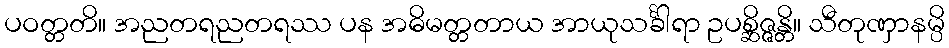
ပဝတ္တတိ။ အညတရညတရဿ ပန အဓိမတ္တတာယ အာယုသင်္ခါရာ ဥပစ္ဆိဇ္ဇန္တိ။ သီတုဏှာနမ္ပိ